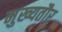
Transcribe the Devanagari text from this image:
मुख्‍यतौर